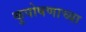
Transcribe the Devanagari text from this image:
कुपोषणाच्या